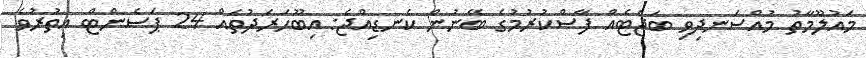
މައުލޫމާތު މުއްސަނދިވި ބަޖެޓެއް ފާސްކުރުމުގެ ބޭނުން ކެނޑިއްޖެ: އިބޫހަރަދުތައް 24 ޕަސެންޓް އިތުރުވެ